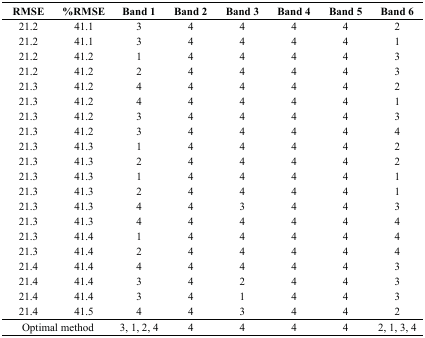
<table><thead><tr><td><b>RMSE</b></td><td><b>%RMSE</b></td><td><b>Band 1</b></td><td><b>Band 2</b></td><td><b>Band 3</b></td><td><b>Band 4</b></td><td><b>Band 5</b></td><td><b>Band 6</b></td></tr></thead><tbody><tr><td>21.2</td><td>41.1</td><td>3</td><td>4</td><td>4</td><td>4</td><td>4</td><td>2</td></tr><tr><td>21.2</td><td>41.1</td><td>3</td><td>4</td><td>4</td><td>4</td><td>4</td><td>1</td></tr><tr><td>21.2</td><td>41.2</td><td>1</td><td>4</td><td>4</td><td>4</td><td>4</td><td>3</td></tr><tr><td>21.2</td><td>41.2</td><td>2</td><td>4</td><td>4</td><td>4</td><td>4</td><td>3</td></tr><tr><td>21.3</td><td>41.2</td><td>4</td><td>4</td><td>4</td><td>4</td><td>4</td><td>2</td></tr><tr><td>21.3</td><td>41.2</td><td>4</td><td>4</td><td>4</td><td>4</td><td>4</td><td>1</td></tr><tr><td>21.3</td><td>41.2</td><td>3</td><td>4</td><td>4</td><td>4</td><td>4</td><td>3</td></tr><tr><td>21.3</td><td>41.2</td><td>3</td><td>4</td><td>4</td><td>4</td><td>4</td><td>4</td></tr><tr><td>21.3</td><td>41.3</td><td>1</td><td>4</td><td>4</td><td>4</td><td>4</td><td>2</td></tr><tr><td>21.3</td><td>41.3</td><td>2</td><td>4</td><td>4</td><td>4</td><td>4</td><td>2</td></tr><tr><td>21.3</td><td>41.3</td><td>1</td><td>4</td><td>4</td><td>4</td><td>4</td><td>1</td></tr><tr><td>21.3</td><td>41.3</td><td>2</td><td>4</td><td>4</td><td>4</td><td>4</td><td>1</td></tr><tr><td>21.3</td><td>41.3</td><td>4</td><td>4</td><td>3</td><td>4</td><td>4</td><td>3</td></tr><tr><td>21.3</td><td>41.3</td><td>4</td><td>4</td><td>4</td><td>4</td><td>4</td><td>4</td></tr><tr><td>21.3</td><td>41.4</td><td>1</td><td>4</td><td>4</td><td>4</td><td>4</td><td>4</td></tr><tr><td>21.3</td><td>41.4</td><td>2</td><td>4</td><td>4</td><td>4</td><td>4</td><td>4</td></tr><tr><td>21.4</td><td>41.4</td><td>4</td><td>4</td><td>4</td><td>4</td><td>4</td><td>3</td></tr><tr><td>21.4</td><td>41.4</td><td>3</td><td>4</td><td>2</td><td>4</td><td>4</td><td>3</td></tr><tr><td>21.4</td><td>41.4</td><td>3</td><td>4</td><td>1</td><td>4</td><td>4</td><td>3</td></tr><tr><td>21.4</td><td>41.5</td><td>4</td><td>4</td><td>3</td><td>4</td><td>4</td><td>2</td></tr><tr><td colspan="2">Optimal method</td><td>3, 1, 2, 4</td><td>4</td><td>4</td><td>4</td><td>4</td><td>2, 1, 3, 4</td></tr></tbody></table>